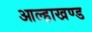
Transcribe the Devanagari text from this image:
आल्हाखण्ड